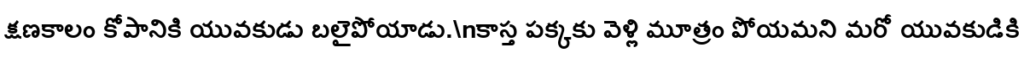
క్షణకాలం కోపానికి యువకుడు బలైపోయాడు.\nకాస్త పక్కకు వెళ్లి మూత్రం పోయమని మరో యువకుడికి